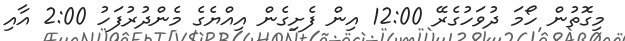
މިގޮތުން ހޯމަ ދުވަހުގެރޭ 12:00 އިން ފެށިގެން އިއްޔެގެ މެންދުރުފަހު 2:00 އާއި